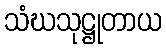
သံဃသုဋ္ဌုတာယ